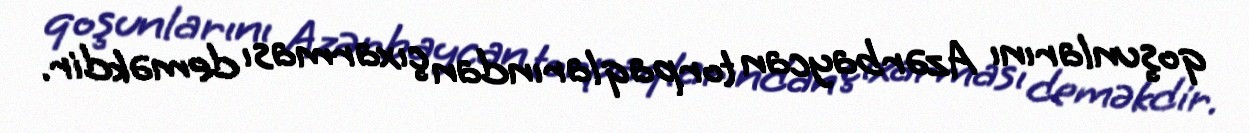
qoşunlarını Azərbaycan torpaqlarından çıxarması deməkdir.